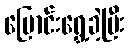
ပြောင်းရွှေ့ခဲ့ပြီး